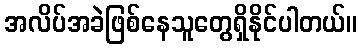
အလိပ်အခဲဖြစ်နေသူတွေရှိနိုင်ပါတယ်။